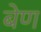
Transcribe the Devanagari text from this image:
बेण